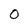
Character: 0